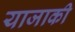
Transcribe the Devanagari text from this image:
याजाकी